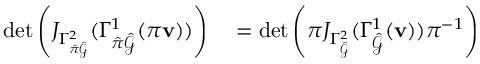
\begin{array} { r l } { \operatorname* { d e t } \left( J _ { \Gamma _ { \hat { \pi } \hat { \mathcal { G } } } ^ { 2 } } ( \Gamma _ { \hat { \pi } \hat { \mathcal { G } } } ^ { 1 } ( \pi \mathbf { v } ) ) \right) } & { { } = \operatorname* { d e t } \left( \boldsymbol { \pi } J _ { \Gamma _ { \hat { \mathcal { G } } } ^ { 2 } } ( \Gamma _ { \hat { \mathcal { G } } } ^ { 1 } ( \mathbf { v } ) ) \boldsymbol { \pi } ^ { - 1 } \right) } \end{array}